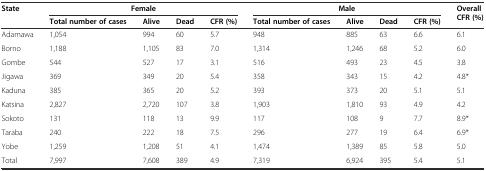
<table><thead><tr><td rowspan="2"><b>State</b></td><td colspan="4"><b>Female</b></td><td colspan="4"><b>Male</b></td><td rowspan="2"><b>Overall CFR (%)</b></td></tr><tr><td><b>Total number of cases</b></td><td><b>Alive</b></td><td><b>Dead</b></td><td><b>CFR (%)</b></td><td><b>Total number of cases</b></td><td><b>Alive</b></td><td><b>Dead</b></td><td><b>CFR (%)</b></td></tr></thead><tbody><tr><td>Adamawa</td><td>1,054</td><td>994</td><td>60</td><td>5.7</td><td>948</td><td>885</td><td>63</td><td>6.6</td><td>6.1</td></tr><tr><td>Borno</td><td>1,188</td><td>1,105</td><td>83</td><td>7.0</td><td>1,314</td><td>1,246</td><td>68</td><td>5.2</td><td>6.0</td></tr><tr><td>Gombe</td><td>544</td><td>527</td><td>17</td><td>3.1</td><td>516</td><td>493</td><td>23</td><td>4.5</td><td>3.8</td></tr><tr><td>Jigawa</td><td>369</td><td>349</td><td>20</td><td>5.4</td><td>358</td><td>343</td><td>15</td><td>4.2</td><td>4.8*</td></tr><tr><td>Kaduna</td><td>385</td><td>365</td><td>20</td><td>5.2</td><td>393</td><td>373</td><td>20</td><td>5.1</td><td>5.1</td></tr><tr><td>Katsina</td><td>2,827</td><td>2,720</td><td>107</td><td>3.8</td><td>1,903</td><td>1,810</td><td>93</td><td>4.9</td><td>4.2</td></tr><tr><td>Sokoto</td><td>131</td><td>118</td><td>13</td><td>9.9</td><td>117</td><td>108</td><td>9</td><td>7.7</td><td>8.9*</td></tr><tr><td>Taraba</td><td>240</td><td>222</td><td>18</td><td>7.5</td><td>296</td><td>277</td><td>19</td><td>6.4</td><td>6.9*</td></tr><tr><td>Yobe</td><td>1,259</td><td>1,208</td><td>51</td><td>4.1</td><td>1,474</td><td>1,389</td><td>85</td><td>5.8</td><td>5.0</td></tr><tr><td>Total</td><td>7,997</td><td>7,608</td><td>389</td><td>4.9</td><td>7,319</td><td>6,924</td><td>395</td><td>5.4</td><td>5.1</td></tr></tbody></table>